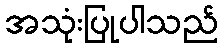
အသုံးပြုပါသည်